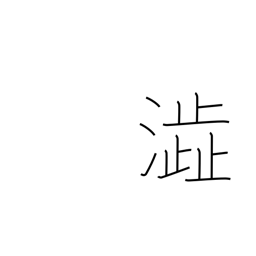
Meaning: astringent